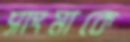
সাংমাকে